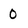
Character: 0